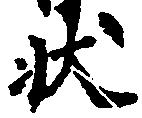
状